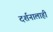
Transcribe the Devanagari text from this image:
दर्शनालाही